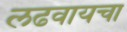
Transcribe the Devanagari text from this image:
लढवायचा